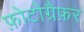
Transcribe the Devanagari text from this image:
फ़ोटोग्रैफ़र